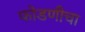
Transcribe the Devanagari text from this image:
फोडणीचा